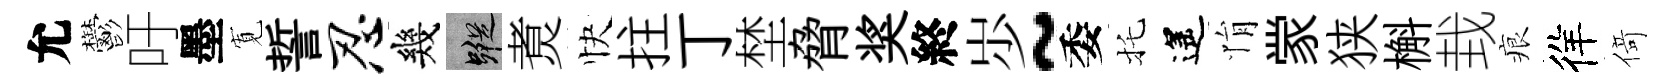
允鬱吁墨𡩖誓忍幾蹤煑快拄丁埜脅奖終𡵯~委托遙悁䝉狭槲㘽痕徉𠋣